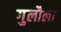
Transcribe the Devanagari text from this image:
गुलौला